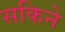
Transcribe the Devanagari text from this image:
सकिने